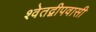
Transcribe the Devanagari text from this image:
श्वेतद्वीपवासी